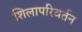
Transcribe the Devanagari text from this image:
शिलापरिवर्तन